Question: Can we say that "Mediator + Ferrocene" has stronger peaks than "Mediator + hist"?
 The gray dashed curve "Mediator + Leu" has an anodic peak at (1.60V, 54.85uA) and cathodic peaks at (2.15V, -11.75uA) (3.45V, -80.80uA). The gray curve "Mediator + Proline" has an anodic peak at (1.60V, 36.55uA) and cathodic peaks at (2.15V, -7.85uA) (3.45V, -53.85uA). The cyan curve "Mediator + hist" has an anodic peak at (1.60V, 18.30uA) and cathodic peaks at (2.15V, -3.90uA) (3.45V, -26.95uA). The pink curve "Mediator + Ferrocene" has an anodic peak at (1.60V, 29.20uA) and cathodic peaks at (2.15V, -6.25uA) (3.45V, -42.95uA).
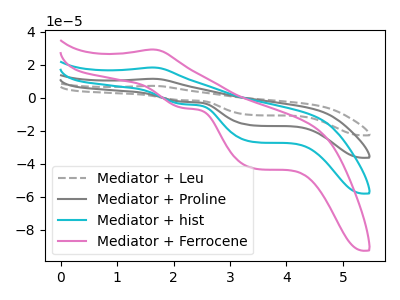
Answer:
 <answer>Every peak in "Mediator + Ferrocene" is higher than every peak in "Mediator + hist".</answer>
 <eval>higher</eval>